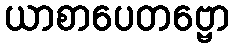
ယာစာပေတဗ္ဗော